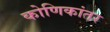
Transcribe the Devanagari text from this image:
कोणिकांतर